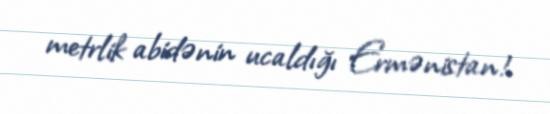
metrlik abidənin ucaldığı Ermənistan!.